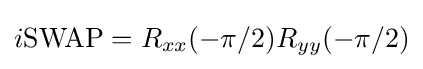
i{\mbox{SWAP}}=R_{xx}(-\pi /2)R_{yy}(-\pi /2)